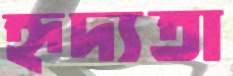
হৃদ্যতা